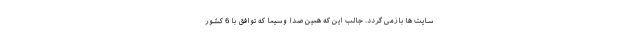
سایت ها بازمی گردد. جالب این که همین صدا وسیما که توافق با 6 کشور